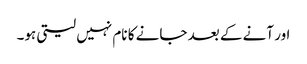
اور آنے کے بعد جانے کا نام نہیں لیتی ہو۔